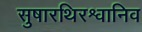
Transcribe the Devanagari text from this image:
सुषारथिरश्वानिव